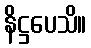
နိဋ္ဌပေသိ။